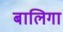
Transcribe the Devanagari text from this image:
बालिगा